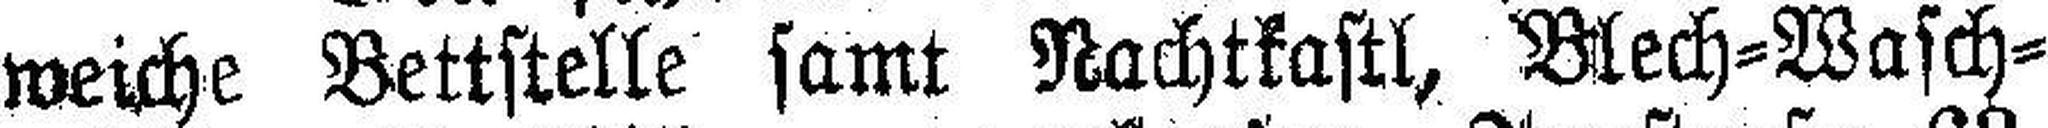
weiche Bettstelle samt Nachtkastl, Blech=Wasch¬